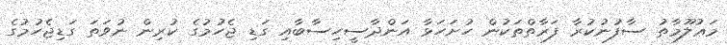
މަޢުލޫމާތު ސާފުނުކުރާ ފަރާތްތަކުން ހުށަހަޅާ އަންދާސީހިސާބާއި ގަޑި ޖެހުމުގެ ކުރިން ނުވަތަ ގަޑިޖެހުމުގެ